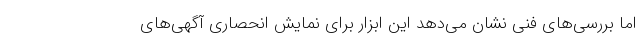
اما بررسی‌های فنی نشان می‌دهد این ابزار برای نمایش انحصاری آگهی‌های